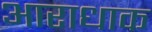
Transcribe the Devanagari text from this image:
आराधाक